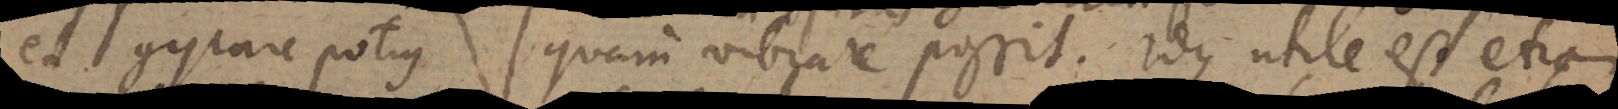
et gyrare potius quam vibrare possit. Idque utile est etiam